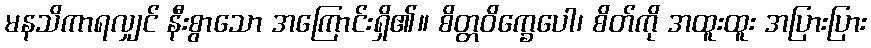
မနသိကာရလျှင် နီးစွာသော အကြောင်းရှိ၏။ စိတ္တဝိက္ခေပေါ၊ စိတ်ကို အထူးထူး အပြားပြား